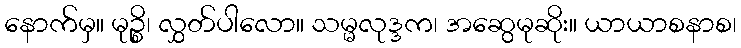
နောက်မှ။ မုဉ္စိ၊ လွှတ်ပါလော။ သမ္မလုဒ္ဒက၊ အဆွေမုဆိုး။ ယာယာစနာစ၊